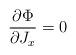
LaTeX: \begin{align*}\frac{\partial \Phi }{\partial J_{x}}=0\end{align*}